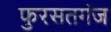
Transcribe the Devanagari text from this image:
फुरसतगंज